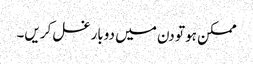
ممکن ہو تو دن میں دوبار غسل کریں۔